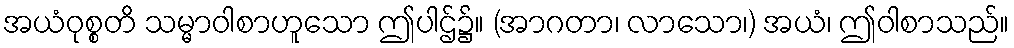
အယံဝုစ္စတိ သမ္မာဝါစာဟူသော ဤပါဌ်၌။ (အာဂတာ၊ လာသော၊) အယံ၊ ဤဝါစာသည်။